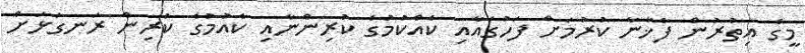
މީގެ އިތުރުން ފާޚާނާ ކުރުމަށް ފަހުގައާއި ކެއްކުމުގެ ކުރިންނާއި ކެއުމުގެ ކުރިން ރަނގަޅަށް